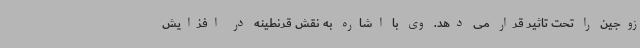
زوجین را تحت تاثیر قرار می دهد. وی با اشاره به نقش قرنطینه در افزایش